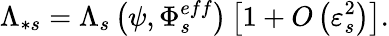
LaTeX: \Lambda_{\ast s}=\Lambda_{s}\left(\psi,\Phi_{s}^{eff}\right)\left[1+O\left(\varepsilon_{s}^{2}\right)\right].